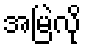
အမြဲလို